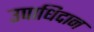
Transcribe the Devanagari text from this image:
उपाधिदान